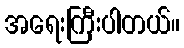
အရေးကြီးပါတယ်။